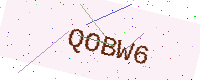
Text: QOBW6